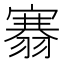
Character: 𮋐